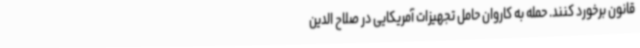
قانون برخورد کنند. حمله به کاروان حامل تجهیزات آمریکایی در صلاح الدین